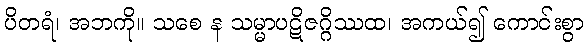
ပိတရံ၊ အဘကို။ သစေ န သမ္မာပဋိဇဂ္ဂိဿထ၊ အကယ်၍ ကောင်းစွာ